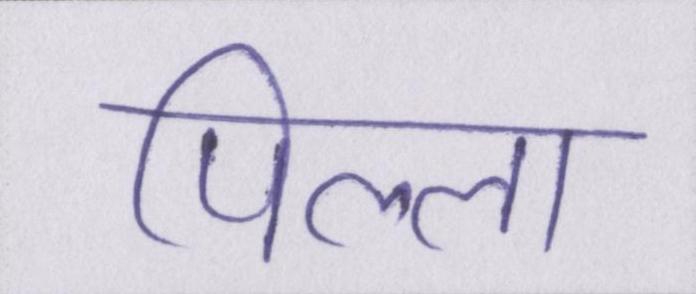
पिल्ला